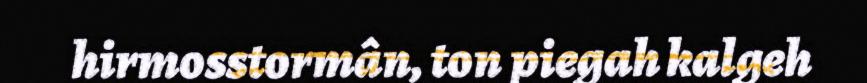
hirmosstormân, ton piegah kalgeh